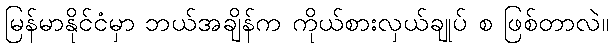
မြန်မာနိုင်ငံမှာ ဘယ်အချိန်က ကိုယ်စားလှယ်ချုပ် စ ဖြစ်တာလဲ။